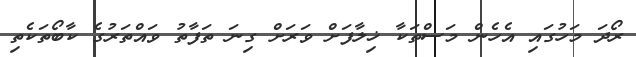
ރޯދަ މަހުގައި އެހެން މަސްތަކާ ޚިލާފަށް ވަރަށް ގިނަ ތަފާތު ވައްތަރުގެ ކާބޯތަކެތި